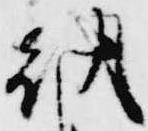
朝